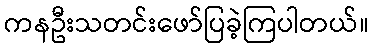
ကနဦးသတင်းဖော်ပြခဲ့ကြပါတယ်။